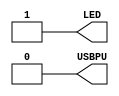
module top (
    output LED,   // User/boot LED next to power LED
    output USBPU  // USB pull-up resistor
);
    // drive USB pull-up resistor to '0' to disable USB
    assign USBPU = 0;

    ////////
    // make a simple blink circuit
    ////////
    wire LED;
    assign LED = 1;

endmodule